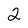
Character: 2